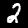
Digit: 2